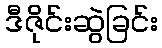
ဒီဇိုင်းဆွဲခြင်း